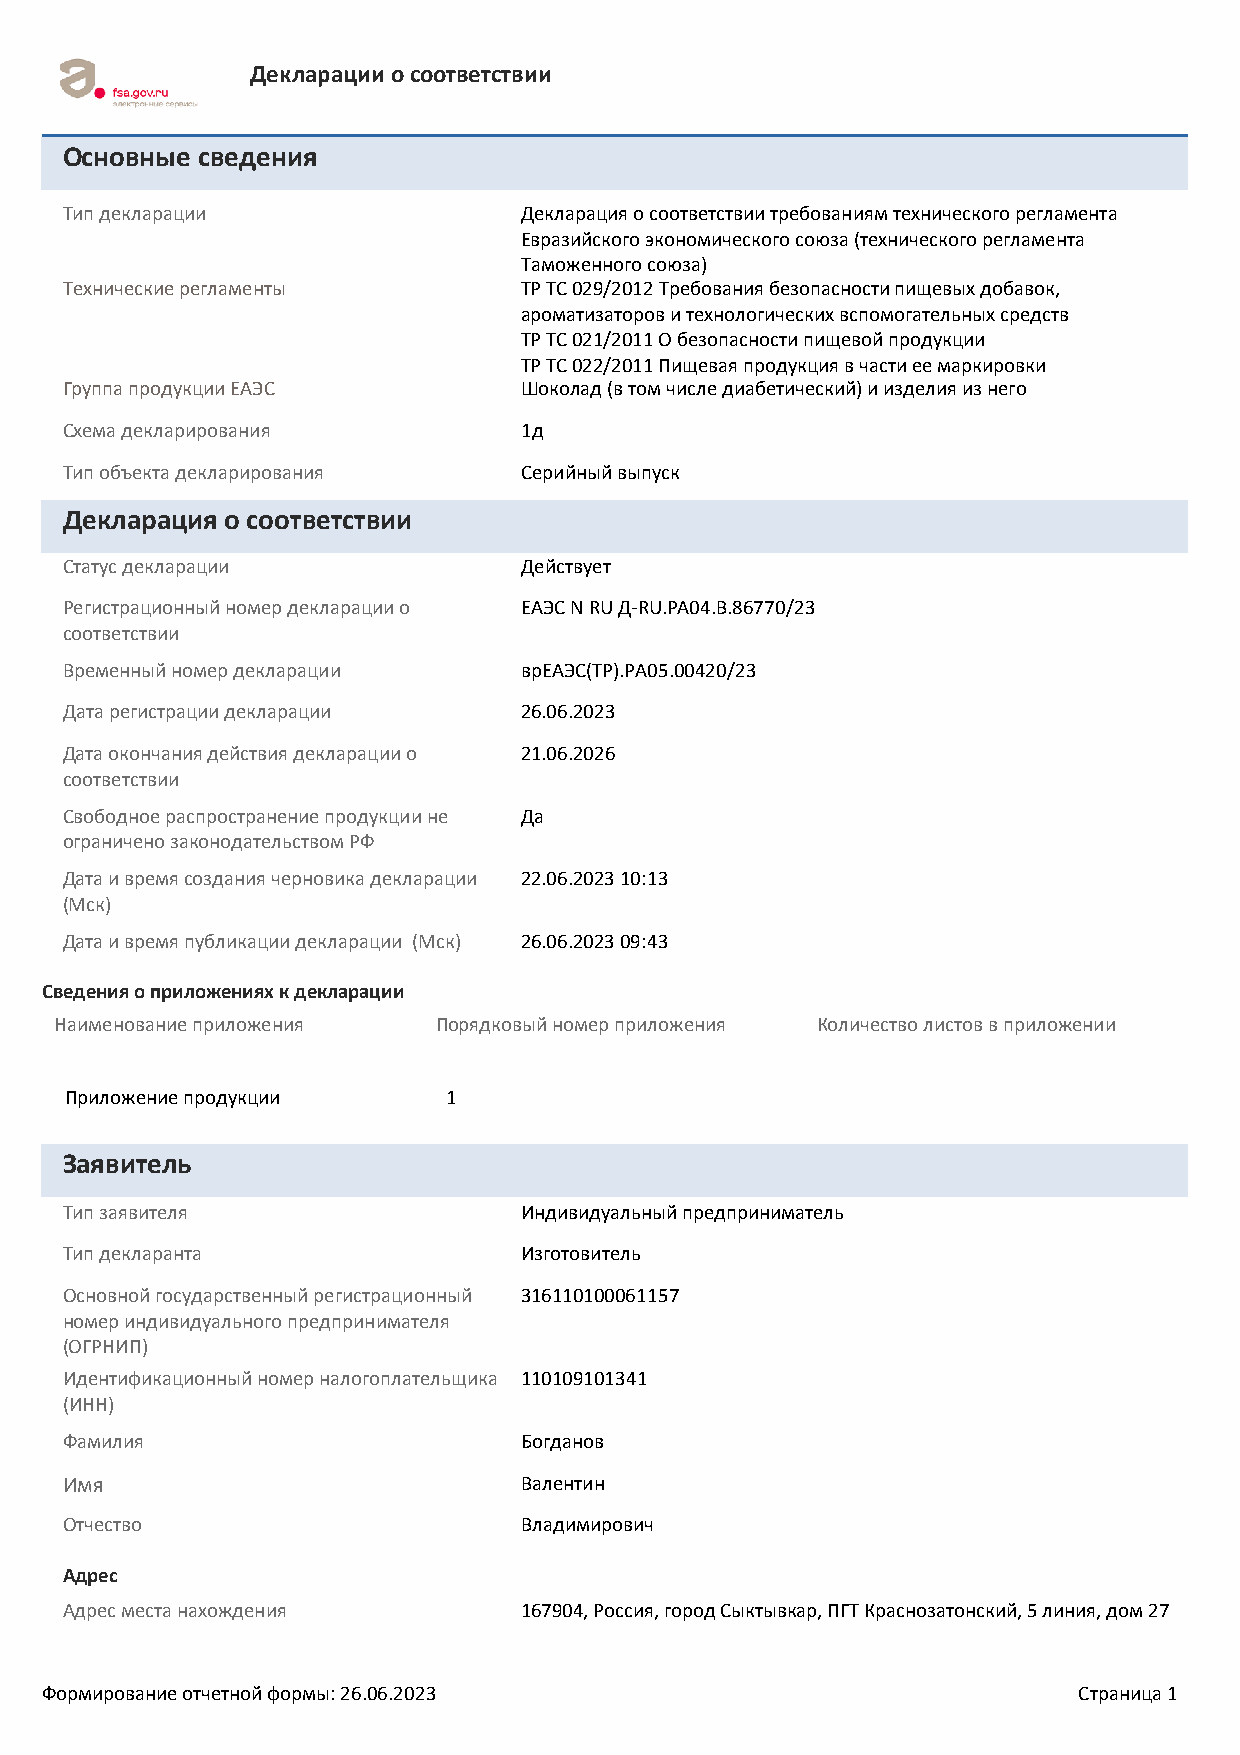
Декларации о соответствии
 Основные сведения
 Тип декларации                Декларация о соответствии требованиям технического регламента
 Евразийского экономического союза (технического регламента
 Таможенного союза)
 Технические регламенты        ТР ТС 029/2012 Требования безопасности пищевых добавок,
 ароматизаторов и технологических вспомогательных средств
 ТР ТС 021/2011 О безопасности пищевой продукции
 ТР ТС 022/2011 Пищевая продукция в части ее маркировки
 Группа продукции ЕАЭС         Шоколад (в том числе диабетический) и изделия из него
 Схема декларирования          1д
 Тип объекта декларирования    Серийный выпуск
 Декларация о соответствии
 Статус декларации             Действует
 Регистрационный номер декларации о ЕАЭС N RU Д-RU.РА04.В.86770/23
 соответствии
 Временный номер декларации    врЕАЭС(ТР).РА05.00420/23
 Дата регистрации декларации   26.06.2023
 Дата окончания действия декларации о 21.06.2026
 соответствии
 Свободное распространение продукции не Да
 ограничено законодательством РФ
 Дата и время создания черновика декларации 22.06.2023 10:13
 (Мск)
 Дата и время публикации декларации (Мск) 26.06.2023 09:43
 Сведения о приложениях к декларации
 Наименование приложения  Порядковый номер приложения Количество листов в приложении
 Приложение продукции      1
 Заявитель
 Тип заявителя                 Индивидуальный предприниматель
 Тип декларанта                Изготовитель
 Основной государственный регистрационный 316110100061157
 номер индивидуального предпринимателя
 (ОГРНИП)
 Идентификационный номер налогоплательщика 110109101341
 (ИНН)
 Фамилия                       Богданов
 Имя                           Валентин
 Отчество                      Владимирович
 Адрес
 Адрес места нахождения        167904, Россия, город Сыктывкар, ПГТ Краснозатонский, 5 линия, дом 27
 Формирование отчетной формы: 26.06.2023                             Страница 1